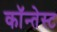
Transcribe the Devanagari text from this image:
कॉन्तेस्ट